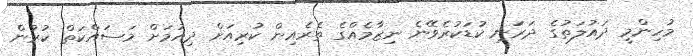
މުހިންމީ ދައުލަތުގެ ދަރަނި ކުޑަކުރެވޭނެ ނިޒާމެއްގެ ތެރެއިން ކުރިއަށް ދިއުމަށް މަސައްކަތް ކުރުން